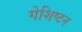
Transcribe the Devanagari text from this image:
गेशिष्टन